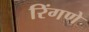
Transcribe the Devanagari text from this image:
रिंगणे